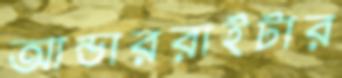
আন্ডাররাইটার